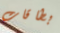
بطاقات